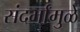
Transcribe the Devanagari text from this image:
संदर्भांमुळे